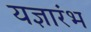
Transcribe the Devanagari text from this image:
यज्ञारंभ